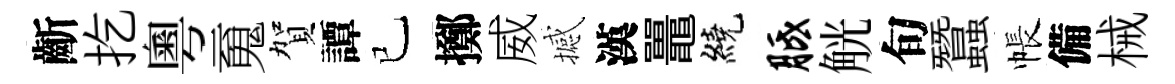
齗扢粵䰟賀譚已擲威撼漢鼉繞胝觥旬蠶帳備械